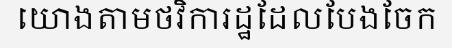
យោងតាមថវិការដ្ឋដែលបែងចែក